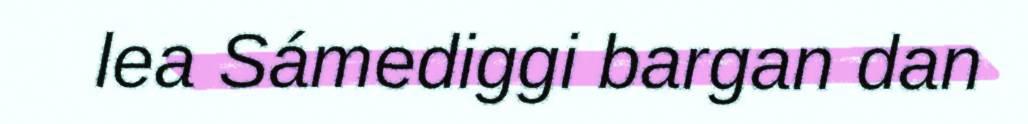
lea Sámediggi bargan dan